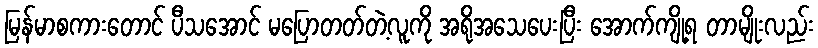
မြန်မာစကားတောင် ပီသအောင် မပြောတတ်တဲ့လူကို အရိုအသေပေးပြီး အောက်ကျို့ရ တာမျိုးလည်း